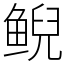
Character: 鲵